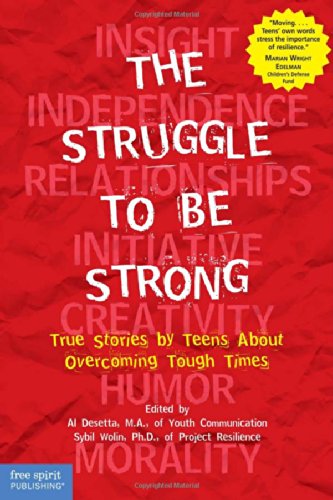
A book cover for The Struggle to Be Strong: True Stories by Teens About Overcoming Tough Times; Teen & Young Adult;